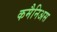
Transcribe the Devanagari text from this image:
कमैनिअस